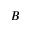
B